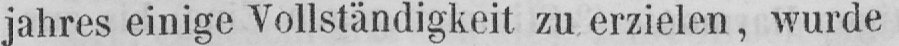
jahres einige Vollständigkeit zu erzielen, wurde